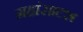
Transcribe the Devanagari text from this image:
ग्रहांसादृश